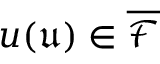
u ( \mathfrak { u } ) \in \overline { { \mathcal { F } } }